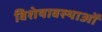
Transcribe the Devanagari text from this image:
विशेषावस्थाओं